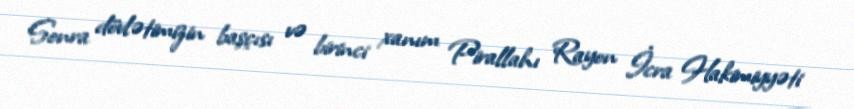
Sonra dövlətimizin başçısı və birinci xanım Pirallahı Rayon İcra Hakimiyyəti